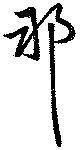
耶